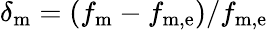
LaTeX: \delta_{\mathrm{m}}=\left(f_{\mathrm{m}}-f_{\mathrm{m,e}}\right)/f_{\mathrm{m,e}}